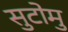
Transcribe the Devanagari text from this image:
सुटोमु